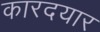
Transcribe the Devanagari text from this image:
कारदयार